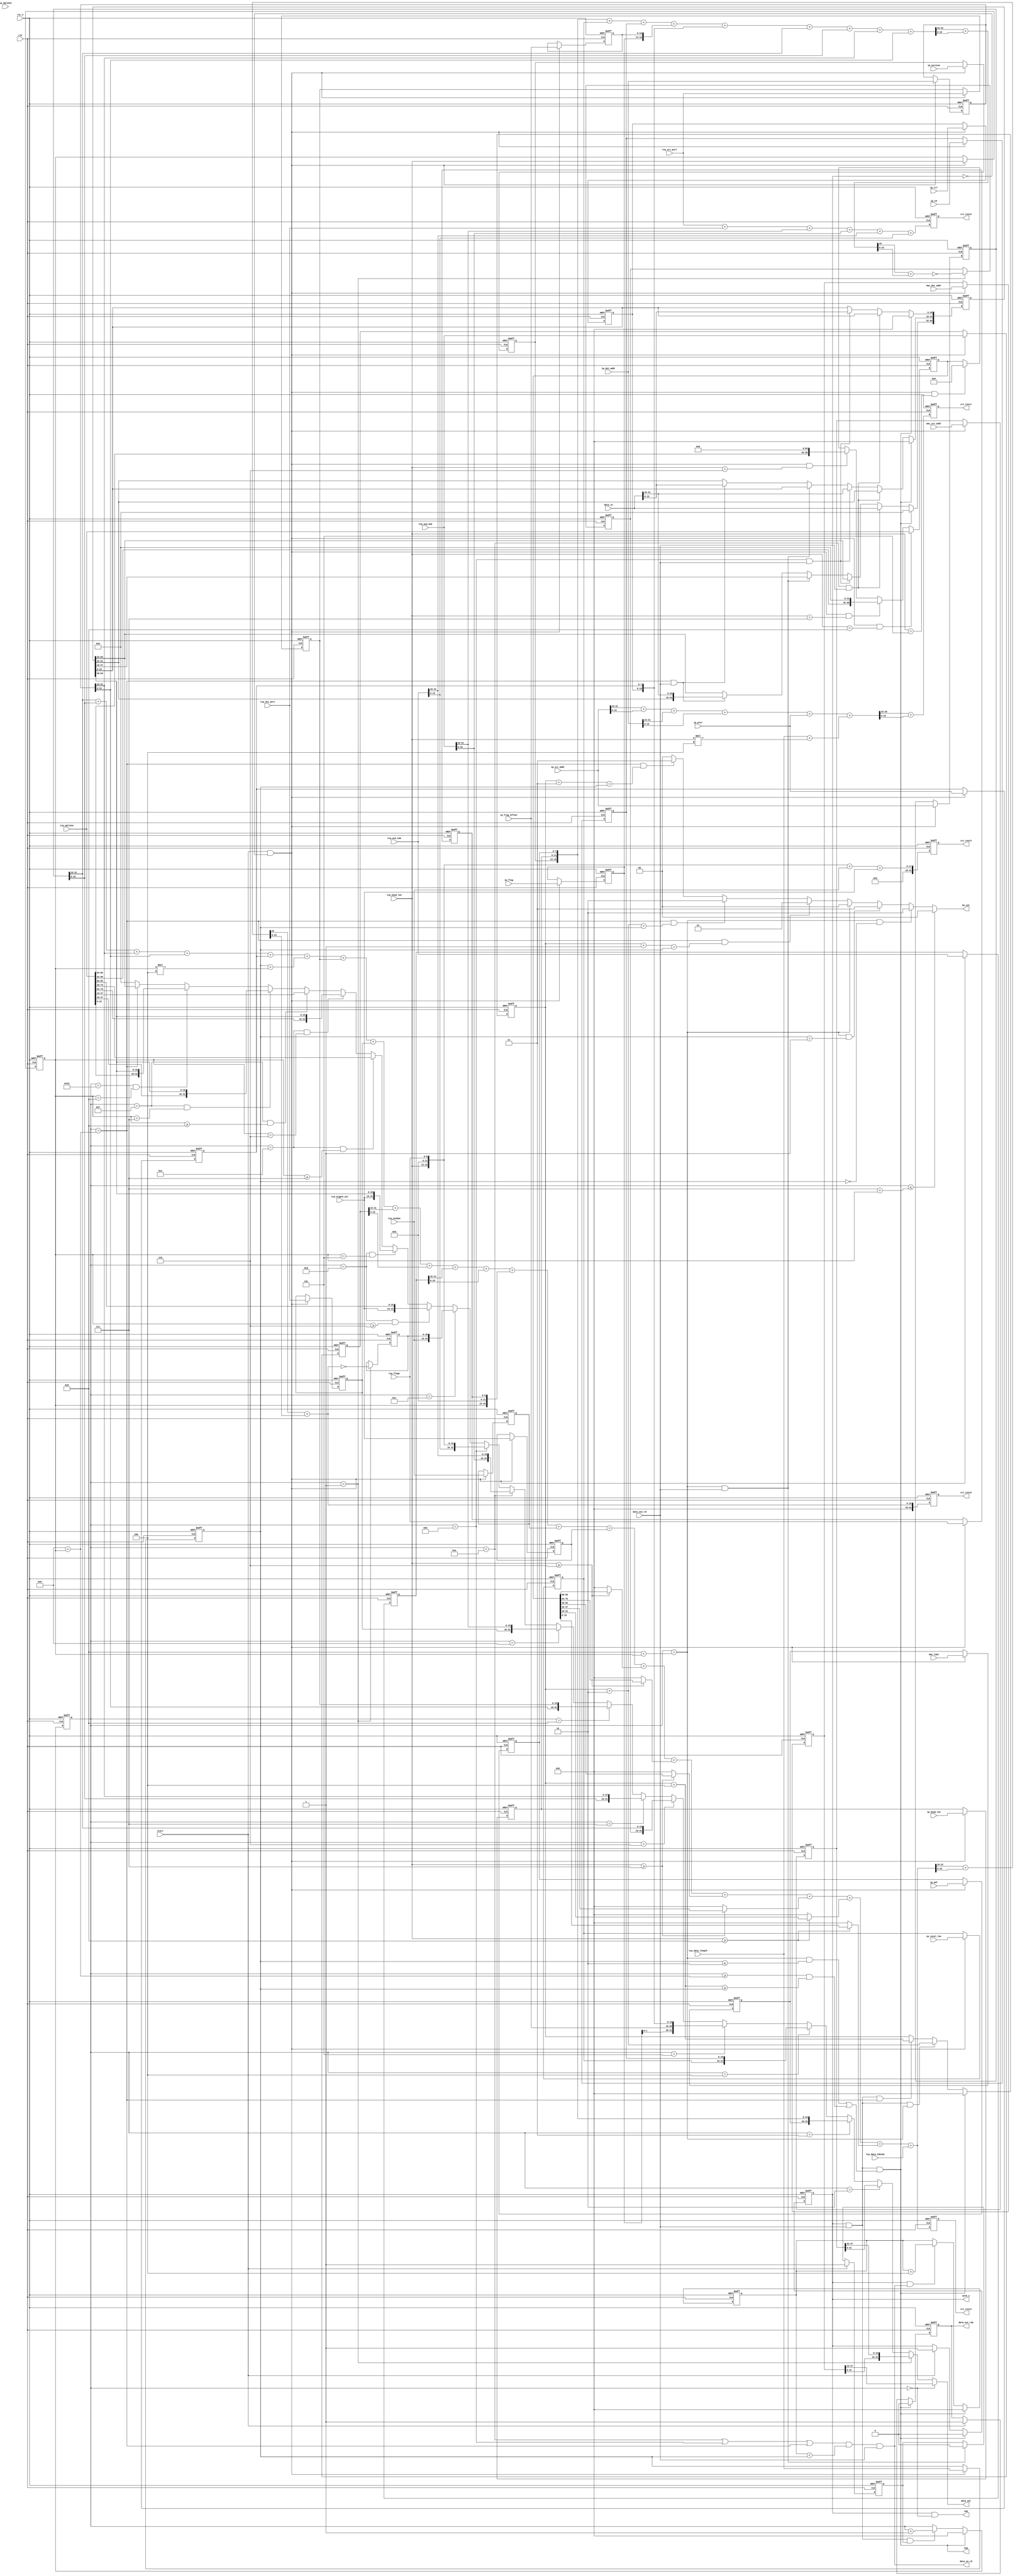
module tcp_transmitter
(
	input				clk
	,input			rst_n
	
	//control signals
	,input					start
	
	//output data + controls
	,output	[31:0]		data_out
	,output	[ 1:0]		be_out
	,output					data_out_rdy
	,input					data_out_rd
	,input	[31:0]		data_in
	,output					data_in_rd
	,output					sop
	,output					eop
	
	
	//packet parameters
	,input	[47:0]		mac_src_addr
	,input	[47:0]		mac_dst_addr
	,input	[15:0]		mac_type
	
	//packet parameters
	,input	[ 3:0]		ip_version
	,input	[ 3:0]		ip_head_len
	,input	[ 7:0]		ip_dsf
	,input	[15:0]		ip_total_len
	,input	[15:0]		ip_id
	,input	[ 2:0]		ip_flag
	,input	[13:0]		ip_frag_offset
	,input	[ 7:0]		ip_ttl
	,input	[ 7:0]		ip_prot
	,input	[31:0]		ip_src_addr
	,input	[31:0]		ip_dst_addr
	,input	[31:0]		ip_options
	
	//packet parameters
	,input	[15:0]		tcp_src_port
	,input	[15:0]		tcp_dst_port
	,input	[15:0]		tcp_data_length
	,input	[15:0]		tcp_data_chksum
	,input	[31:0]		tcp_seq_num
	,input	[31:0]		tcp_ack_num
	,input	[ 3:0]		tcp_head_len
	,input	[ 5:0]		tcp_flags
	,input	[15:0]		tcp_window
	,input	[15:0]		tcp_urgent_ptr
	,input	[95:0]		tcp_options
	
	,output					work_o
	
	,output reg	[15:0]	crc_test1
	,output reg	[15:0]	crc_test2
	,output reg	[31:0]	crc_test3
	,output reg	[31:0]	crc_test4
	,output reg	[31:0]	crc_test5
);


//--------------------------------

reg	[47:0]	mac_src_addr_r;
reg	[47:0]	mac_dst_addr_r;
reg	[15:0]	mac_type_r;

//--------------------------------
reg	[ 3:0]	ip_version_r;
reg	[ 3:0]	ip_head_len_r;
reg	[ 7:0]	ip_dsf_r;
reg	[15:0]	ip_total_len_r;
reg	[15:0]	ip_id_r;
reg	[ 2:0]	ip_flag_r;
reg	[13:0]	ip_frag_offset_r;
reg	[ 7:0]	ip_ttl_r;
reg	[ 7:0]	ip_prot_r;
reg	[15:0]	ip_head_chksum_r;
reg	[31:0]	ip_src_addr_r;
reg	[31:0]	ip_dst_addr_r;
reg	[31:0]	ip_options_r;

wire	[31:0]	ip_head_chksum_w;
wire	[31:0]	ip_head_chksum_ww;
wire	[15:0]	ip_head_chksum_www;

wire	[31:0]	pseudo_crc_sum_w;
wire	[31:0]	pseudo_crc_sum_ww;
wire	[15:0]	pseudo_crc_sum_www;

//--------------------------------
reg	[15:0]	tcp_src_port_r;	
reg	[15:0]	tcp_dst_port_r;
reg	[15:0]	tcp_length_r;
reg	[15:0]	tcp_data_length_r;
reg	[15:0]	tcp_chksum_r;
reg	[31:0]	tcp_seq_num_r;
reg	[31:0]	tcp_ack_num_r;
reg	[ 3:0]	tcp_head_len_r;
reg	[ 5:0]	tcp_flags_r;
reg	[15:0]	tcp_window_r;
reg	[15:0]	tcp_urgent_ptr_r;
reg	[95:0]	tcp_options_r;

wire				tcp_stop;

wire	[31:0]	tcp_head_crc_sum_w;
wire	[31:0]	tcp_head_crc_sum_ww;
wire	[15:0]	tcp_head_crc_sum_www;

wire	[31:0]	tcp_full_crc_sum_w;
wire	[31:0]	tcp_full_crc_sum_ww;
wire	[15:0]	tcp_full_crc_sum_www;

//--------------------------------

reg				work_r;
reg				data_out_rdy_r;
wire				stop;

reg	[15:0]	head_ptr;
reg	[15:0]	data_out_ptr;
reg	[15:0]	data_in_ptr;
reg	[63:0]	data_r;
reg				head_ph;

//--------------------------------

//WORK SIGNAL
always @(posedge clk or negedge rst_n)
	if (!rst_n)				work_r <= 1'b0;
	else if (stop)			work_r <= 1'b0;
	else if (start)		work_r <= 1'b1;
	
//HEADER POINTER
always @(posedge clk or negedge rst_n)
	if (!rst_n)				head_ph <= 1'b0;
	else if (start)		head_ph <= 1'b1;
	else if ((head_ptr == (16'd8 + tcp_head_len_r)) & data_out_rd)
								head_ph <= 1'b0;
	
//HEADER POINTER
always @(posedge clk or negedge rst_n)
	if (!rst_n)													head_ptr <= 16'b0;
	else if (stop)												head_ptr <= 16'b0;
	else if (work_r & data_out_rd & head_ph)			head_ptr <= head_ptr + 4'd1;
	
//START OPERATION
assign sop = work_r & (head_ptr == 16'd0);

//END OPERATION
assign eop = stop;


assign data_out	 		=	(head_ptr == 16'd0)  ? mac_dst_addr_r[47:16]:
									(head_ptr == 16'd1)  ? {mac_dst_addr_r[15: 0], mac_src_addr_r[47:32]}:
									(head_ptr == 16'd2)  ? mac_src_addr_r[31:0]:
									(head_ptr == 16'd3)  ? {mac_type_r, ip_version_r, ip_head_len_r, ip_dsf_r}:
									(head_ptr == 16'd4)  ? {ip_total_len_r, ip_id_r}:
									(head_ptr == 16'd5)  ? {ip_flag_r, ip_frag_offset, ip_ttl_r, ip_prot_r}:
									(head_ptr == 16'd6)  ? {ip_head_chksum_r, ip_src_addr_r[31:16]}:
									(head_ptr == 16'd7)  ? {ip_src_addr_r[15:0], ip_dst_addr_r[31:16]}:
									(head_ptr == 16'd8)  ? {ip_dst_addr_r[15:0], tcp_src_port_r}:
									(head_ptr == 16'd9)  ? {tcp_dst_port_r[15:0], tcp_seq_num[31:16]}:
									(head_ptr == 16'd10) ? {tcp_seq_num[15:0], tcp_ack_num[31:16]}:
									(head_ptr == 16'd11) ? {tcp_ack_num[15:0], tcp_head_len, 6'b0 ,tcp_flags}:
									(head_ptr == 16'd12) ? {tcp_window, tcp_chksum_r}:								
									((head_ptr == 16'd13) & (tcp_head_len_r >= 4'd6)) ? {tcp_urgent_ptr, tcp_options[95:80]}:
									((head_ptr == 16'd13) & (tcp_head_len_r == 4'd5)) ? {tcp_urgent_ptr, data_r[63:48]}:
									((head_ptr == 16'd14) & (tcp_head_len_r >= 4'd7)) ? {tcp_options[79:48]}:
									((head_ptr == 16'd14) & (tcp_head_len_r == 4'd6)) ? {tcp_options[79:64], data_r[63:48]}:
									((head_ptr == 16'd15) & (tcp_head_len_r >= 4'd8)) ? {tcp_options[47:16]}:
									((head_ptr == 16'd15) & (tcp_head_len_r == 4'd7)) ? {tcp_options[47:32], data_r[63:48]}:
									((head_ptr == 16'd16) & (tcp_head_len_r == 4'd8)) ? {tcp_options[15:0], data_r[63:48]}:
									(head_ptr == (16'd8 + 16'd1 + tcp_head_len_r)) ? {data_r[63:32]}:
									32'h0;									
									
assign be_out		 		=	(head_ptr <= (16'd8  - 16'd1 + tcp_head_len_r))  ? 2'b00:									
									((head_ptr == (16'd8 + tcp_head_len_r)) & (tcp_data_length_r == 16'd0)) ? 2'b10:
									((head_ptr == (16'd8 + tcp_head_len_r)) & (tcp_data_length_r == 16'd1)) ? 2'b11:
									(head_ptr  == (16'd8 + tcp_head_len_r)) ? 2'b00:
									((head_ptr == (16'd8 + 16'd1 + tcp_head_len_r)) & (data_out_ptr + 4'd1 == tcp_data_length_r)) ? 2'b01:
									((head_ptr == (16'd8 + 16'd1 + tcp_head_len_r)) & (data_out_ptr + 4'd2 == tcp_data_length_r)) ? 2'b10:
									((head_ptr == (16'd8 + 16'd1 + tcp_head_len_r)) & (data_out_ptr + 4'd3 == tcp_data_length_r)) ? 2'b11:
									(head_ptr  == (16'd8 + 16'd1 + tcp_head_len_r)) ? 2'b00:
									2'b00;	
									
//DATA OUT POINTER
always @(posedge clk or negedge rst_n)
	if (!rst_n)															data_out_ptr <= 16'b0;
	else if (stop)														data_out_ptr <= 16'b0;
	else if (work_r & data_out_rd & (head_ptr == (16'd8 + tcp_head_len_r)))	
																			data_out_ptr <= data_out_ptr + 4'd2;
	else if (work_r & data_out_rd & (head_ptr == (16'd8 + 16'd1 + tcp_head_len_r)))	
																			data_out_ptr <= data_out_ptr + 4'd4;

always @(posedge clk or negedge rst_n)
	if (!rst_n)			data_out_rdy_r <= 1'b0;
	else if (stop)		data_out_rdy_r <= 1'b0;
	else if (start)	data_out_rdy_r <= 1'b1;				

assign data_out_rdy = data_out_rdy_r;

//TCP DATA REG
always @(posedge clk or negedge rst_n)
	if (!rst_n)													data_r <= 64'b0;
	else if (stop)												data_r <= 64'b0;
	else if ((head_ptr == 16'd10) & data_out_rd)		data_r[63:32] <= data_in;
	else if ((head_ptr == 16'd11) & data_out_rd)		data_r[31: 0] <= data_in;
	else if ((head_ptr == (16'd8 + tcp_head_len_r)) & data_out_rd )			data_r[63:16] <= data_r[47:0];
	else if ((head_ptr == (16'd8 + 16'd1 + tcp_head_len_r)) & data_out_rd )	data_r[63:16] <= {data_r[31:16], data_in};

assign stop = work_r & data_out_rd & (((head_ptr == (16'd8 + tcp_head_len_r)) & (tcp_data_length_r <= 16'd2)) | ((head_ptr >= (16'd8 + 16'd1 + tcp_head_len_r)) & (data_out_ptr + 4'd4 >= tcp_data_length_r)));

//DATA IN POINTER
always @(posedge clk or negedge rst_n)
	if (!rst_n)							data_in_ptr <= 16'b0;
	else if (stop)						data_in_ptr <= 16'b0;
	else if (work_r & data_in_rd)	data_in_ptr <= data_in_ptr + 4'd4;


assign data_in_rd = ((head_ptr == 16'd10) | (head_ptr == 16'd11) | (head_ptr == (16'd8 + 16'd1 + tcp_head_len_r))) & (data_in_ptr < tcp_data_length_r) & data_out_rd;
	
//-------------------------------------------------------------------------------------------------------------	

//MAC SOURCE ADDRESS REGISTER
always @(posedge clk or negedge rst_n)
	if (!rst_n)									mac_src_addr_r <= 48'b0;
	else if (start & !work_r)				mac_src_addr_r <= mac_src_addr;

//MAC DESTINATION ADDRESS REGISTER
always @(posedge clk or negedge rst_n)
	if (!rst_n)									mac_dst_addr_r <= 48'b0;
	else if (start & !work_r)				mac_dst_addr_r <= mac_dst_addr;

//MAC TYPE
always @(posedge clk or negedge rst_n)
	if (!rst_n)									mac_type_r <= 16'b0;
	else if (start & !work_r)				mac_type_r <= mac_type;
	
//-------------------------------------------------------------------------------------------------------------

//IP VERSION REGISTER
always @(posedge clk or negedge rst_n)
	if (!rst_n)								ip_version_r <= 4'b0;
	else if (start & !work_r)			ip_version_r <= ip_version;
	
//IP HEADER LENGTH REGISTER
always @(posedge clk or negedge rst_n)
	if (!rst_n)								ip_head_len_r <= 4'b0;
	else if (start & !work_r)			ip_head_len_r <= ip_head_len;
	
//IP DIFFERENTIATED SERVICE FIELD REGISTER
always @(posedge clk or negedge rst_n)
	if (!rst_n)								ip_dsf_r <= 8'b0;
	else if (start & !work_r)			ip_dsf_r <= ip_dsf;
	
//IP TOTAL LENGTH REGISTER
always @(posedge clk or negedge rst_n)
	if (!rst_n)								ip_total_len_r <= 16'b0;
	else if (start & !work_r)			ip_total_len_r <= ip_total_len;
	
//IP IDENTIFICATION LENGTH REGISTER
always @(posedge clk or negedge rst_n)
	if (!rst_n)								ip_id_r <= 16'b0;
	else if (start & !work_r)			ip_id_r <= ip_id;
	
//IP FLAG REGISTER
always @(posedge clk or negedge rst_n)
	if (!rst_n)								ip_flag_r <= 3'b0;
	else if (start & !work_r)			ip_flag_r <= ip_flag;
	
//IP FRAGMENT OFFSET REGISTER
always @(posedge clk or negedge rst_n)
	if (!rst_n)								ip_frag_offset_r <= 13'b0;
	else if (start & !work_r)			ip_frag_offset_r <= ip_frag_offset;
	
//IP TIME TO LIVE REGISTER
always @(posedge clk or negedge rst_n)
	if (!rst_n)								ip_ttl_r <= 8'b0;
	else if (start & !work_r)			ip_ttl_r <= ip_ttl;
	
//IP PROTOCOL REGISTER
always @(posedge clk or negedge rst_n)
	if (!rst_n)								ip_prot_r <= 8'b0;
	else if (start & !work_r)			ip_prot_r <= ip_prot;
	
//IP HEADER CHECKSUM REGISTER
always @(posedge clk or negedge rst_n)
	if (!rst_n)								ip_head_chksum_r <= 16'b0;
	else if (head_ptr == 16'd1)		ip_head_chksum_r <= ~ip_head_chksum_www;
	
assign ip_head_chksum_w		= {ip_version_r, ip_head_len_r, ip_dsf_r} + ip_total_len_r + ip_id_r + {ip_flag_r, ip_frag_offset_r} + {ip_ttl_r, ip_prot_r} + ip_src_addr_r[31:16] + ip_src_addr_r[15:0] + ip_dst_addr_r[31:16] + ip_dst_addr_r[15:0];
assign ip_head_chksum_ww	= ip_head_chksum_w[31:16]+ ip_head_chksum_w[15:0];
assign ip_head_chksum_www	= ip_head_chksum_ww[31:16]+ ip_head_chksum_ww[15:0];
	
//IP SOURCE ADDRESS REGISTER
always @(posedge clk or negedge rst_n)
	if (!rst_n)								ip_src_addr_r <= 32'b0;
	else if (start & !work_r)			ip_src_addr_r <= ip_src_addr;
	
//IP DESTINATION ADDRESS REGISTER
always @(posedge clk or negedge rst_n)
	if (!rst_n)								ip_dst_addr_r <= 32'b0;
	else if (start & !work_r)			ip_dst_addr_r <= ip_dst_addr;
	
//IP OPTIONS REGISTER
always @(posedge clk or negedge rst_n)
	if (!rst_n)								ip_options_r <= 32'b0;
	else if (start & !work_r)			ip_options_r <= ip_options;

assign pseudo_crc_sum_w = ip_src_addr[31:16] + ip_src_addr[15:0] + ip_dst_addr[31:16] + ip_dst_addr[15:0] + ip_prot[7:0] + (tcp_data_length + tcp_head_len * 4'd4);
assign pseudo_crc_sum_ww = pseudo_crc_sum_w[31:16] + pseudo_crc_sum_w[15:0];
assign pseudo_crc_sum_www = pseudo_crc_sum_ww[31:16] + pseudo_crc_sum_ww[15:0];
	
always @(posedge clk or negedge rst_n)
	if (!rst_n)								crc_test1 <= 16'b0;
	else 										crc_test1 <= pseudo_crc_sum_ww;
	
always @(posedge clk or negedge rst_n)
	if (!rst_n)								crc_test2 <= 32'b0;
	else 										crc_test2 <= tcp_src_port[15:0] + tcp_dst_port[15:0] + tcp_seq_num[31:16] + tcp_seq_num[15:0] + tcp_ack_num[31:16] + tcp_ack_num[15:0];
	
always @(posedge clk or negedge rst_n)
	if (!rst_n)								crc_test3 <= 32'b0;
	else 										crc_test3 <= {tcp_head_len, 6'b0, tcp_flags} + tcp_window + tcp_urgent_ptr;
	
always @(posedge clk or negedge rst_n)
	if (!rst_n)								crc_test4 <= 16'b0;
	else 										crc_test4 <= tcp_full_crc_sum_w;//tcp_head_crc_sum_ww;
	
always @(posedge clk or negedge rst_n)
	if (!rst_n)								crc_test5 <= 32'b0;
	else 										crc_test5 <= tcp_full_crc_sum_www;/*((tcp_head_len >= 4'd8) ? tcp_options[95:80] : 16'h0) 
									+ ((tcp_head_len >= 4'd8) ? tcp_options[79:64] : 16'h0)
									+ ((tcp_head_len >= 4'd7) ? tcp_options[63:48] : 16'h0)
									+ ((tcp_head_len >= 4'd7) ? tcp_options[47:32] : 16'h0)
									+ ((tcp_head_len >= 4'd6) ? tcp_options[31:16] : 16'h0)
									+ ((tcp_head_len >= 4'd6) ? tcp_options[15: 0] : 16'h0);*/
//-------------------------------------------------------------------------------------------------------------

//TCP SOURCE REGISTER
always @(posedge clk or negedge rst_n)
	if (!rst_n)									tcp_src_port_r <= 16'b0;
	else if (start & !work_r)				tcp_src_port_r <= tcp_src_port;
	
//TCP DESTINATION REGISTER
always @(posedge clk or negedge rst_n)
	if (!rst_n)									tcp_dst_port_r <= 16'b0;
	else if (start & !work_r)				tcp_dst_port_r <= tcp_dst_port;

//TCP LENGTH REGISTER(data length + tcp packet data length(8 bytes))
always @(posedge clk or negedge rst_n)
	if (!rst_n)									tcp_length_r <= 16'b0;
	else if (start & !work_r)				tcp_length_r <= tcp_data_length + 4'd8;
	
//TCP DATA LENGTH REGISTER
always @(posedge clk or negedge rst_n)
	if (!rst_n)									tcp_data_length_r <= 16'b0;
	else if (start & !work_r)				tcp_data_length_r <= tcp_data_length;
	
//TCP SEQUENCE NUMBER REGISTER
always @(posedge clk or negedge rst_n)
	if (!rst_n)									tcp_seq_num_r <= 32'b0;
	else if (start & !work_r)				tcp_seq_num_r <= tcp_seq_num;
	
//TCP ACKNOWLEDGE NUMBER REGISTER
always @(posedge clk or negedge rst_n)
	if (!rst_n)									tcp_ack_num_r <= 32'b0;
	else if (start & !work_r)				tcp_ack_num_r <= tcp_ack_num;
	
//TCP HEADER LENGTH NUMBER REGISTER
always @(posedge clk or negedge rst_n)
	if (!rst_n)									tcp_head_len_r <= 4'b0;
	else if (start & !work_r)				tcp_head_len_r <= tcp_head_len;
	
//TCP FLAGS REGISTER
always @(posedge clk or negedge rst_n)
	if (!rst_n)									tcp_flags_r <= 6'b0;
	else if (start & !work_r)				tcp_flags_r <= tcp_flags;
	
//TCP WINDOWS REGISTER
always @(posedge clk or negedge rst_n)
	if (!rst_n)									tcp_window_r <= 16'b0;
	else if (start & !work_r)				tcp_window_r <= tcp_window;
	
//TCP URGENT POUNTER REGISTER
always @(posedge clk or negedge rst_n)
	if (!rst_n)									tcp_urgent_ptr_r <= 16'b0;
	else if (start & !work_r)				tcp_urgent_ptr_r <= tcp_urgent_ptr;
	
//TCP OPTIONS REGISTER
always @(posedge clk or negedge rst_n)
	if (!rst_n)									tcp_options_r <= 96'b0;
	else if (start & !work_r & (tcp_head_len == 4'd8))
													tcp_options_r <= tcp_options;
	else if (start & !work_r & (tcp_head_len == 4'd7))
													tcp_options_r <= {tcp_options[95:32], 32'b0};											
	else if (start & !work_r & (tcp_head_len == 4'd6))
													tcp_options_r <= {tcp_options[95:64], 64'b0};	
	else if (start & !work_r & (tcp_head_len == 4'd5))
													tcp_options_r <= 96'b0;

//TCP CHECKSUM
always @(posedge clk or negedge rst_n)
	if (!rst_n)								tcp_chksum_r <= 16'b0;
	//write after initialization
	else if (head_ptr == 16'd1) 		tcp_chksum_r <= ~tcp_full_crc_sum_www;
	
assign tcp_head_crc_sum_w = tcp_src_port[15:0] + tcp_dst_port[15:0] + tcp_seq_num[31:16] + tcp_seq_num[15:0] + tcp_ack_num[31:16] + tcp_ack_num[15:0] + {tcp_head_len, 6'b0, tcp_flags} 
									+ tcp_window + tcp_urgent_ptr 
									+ ((tcp_head_len >= 4'd8) ? tcp_options[95:80] : 16'h0) 
									+ ((tcp_head_len >= 4'd8) ? tcp_options[79:64] : 16'h0)
									+ ((tcp_head_len >= 4'd7) ? tcp_options[63:48] : 16'h0)
									+ ((tcp_head_len >= 4'd7) ? tcp_options[47:32] : 16'h0)
									+ ((tcp_head_len >= 4'd6) ? tcp_options[31:16] : 16'h0)
									+ ((tcp_head_len >= 4'd6) ? tcp_options[15: 0] : 16'h0);

assign tcp_head_crc_sum_ww = tcp_head_crc_sum_w[31:16] + tcp_head_crc_sum_w[15:0];
assign tcp_head_crc_sum_www = tcp_head_crc_sum_ww[31:16] + tcp_head_crc_sum_ww[15:0];
	
assign tcp_full_crc_sum_w =	//preudo header crc sum
										ip_src_addr_r[31:16] + ip_src_addr_r[15:0] + ip_dst_addr_r[31:16] + ip_dst_addr_r[15:0] + ip_prot_r[7:0] + (tcp_data_length_r + tcp_head_len_r * 4'd4) +
										//tcp header crc sum
										tcp_src_port_r[15:0] + tcp_dst_port_r[15:0] + tcp_seq_num_r[31:16] + tcp_seq_num_r[15:0] + tcp_ack_num_r[31:16] + tcp_ack_num_r[15:0] + {tcp_head_len_r, 6'b0, tcp_flags_r} +
										tcp_window_r + tcp_urgent_ptr_r +
										((tcp_head_len >= 4'd6) ? tcp_options_r[95:80] : 16'h0) +
										((tcp_head_len >= 4'd6) ? tcp_options_r[79:64] : 16'h0) +
										((tcp_head_len >= 4'd7) ? tcp_options_r[63:48] : 16'h0) +
										((tcp_head_len >= 4'd7) ? tcp_options_r[47:32] : 16'h0) +
										((tcp_head_len >= 4'd8) ? tcp_options_r[31:16] : 16'h0) +
										((tcp_head_len >= 4'd8) ? tcp_options_r[15: 0] : 16'h0) +
										tcp_data_chksum[15:0];
										
assign tcp_full_crc_sum_ww = tcp_full_crc_sum_w[31:16] + tcp_full_crc_sum_w[15:0];
assign tcp_full_crc_sum_www = tcp_full_crc_sum_ww[31:16] + tcp_full_crc_sum_ww[15:0];

assign work_o = work_r;




endmodule